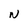
Character: N